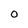
Character: O